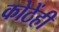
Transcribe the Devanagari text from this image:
कोठेंही